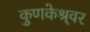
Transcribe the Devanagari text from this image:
कुणकेश्र्वर